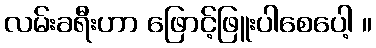
လမ်းခရီးဟာ ဖြောင့်ဖြူးပါစေပေါ့ ။